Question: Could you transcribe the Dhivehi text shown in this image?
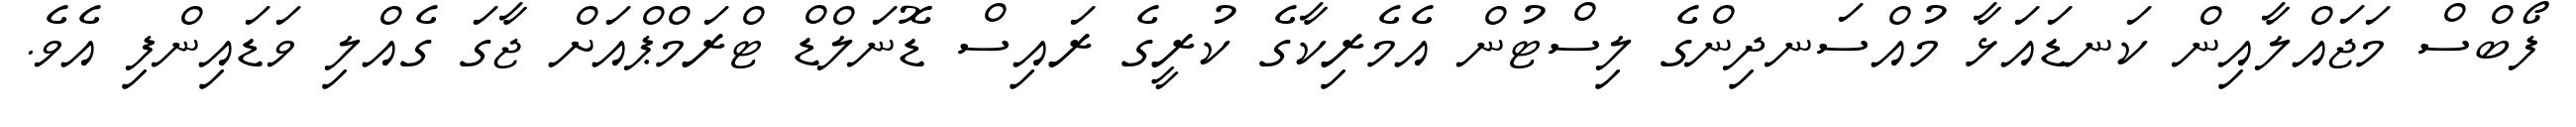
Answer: ފޯބްސް މަޖައްލާއިން ކަނޑައަޅާ މުއްސަނދިންގެ ލިސްޓުން އެމެރިކާގެ ކުރީގެ ރައިސް ޑޮނަލްޑް ޓްރަމްޕްއަށް ޖާގަ ގެއްލި ވަޑައިންފި އެވެ.